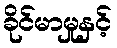
ခိုင်မာမှုနှင့်